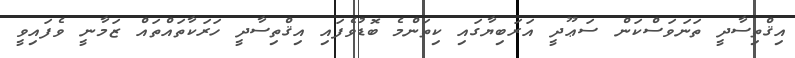
އިޤްތިސާދީ ތަނަވަސްކަން ސަޢޫދީ އަރަބިޔާގައި ކިތަންމެ ބޮޑުވެފައި އިޤްތިސާދީ ހަރަކާތައްތައް ޒަމާނީ ވެފައިވީ